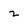
Character: Z